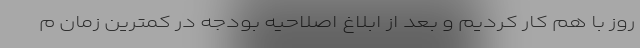
روز با هم کار کردیم و بعد از ابلاغ اصلاحیه بودجه در کمترین زمان م